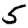
Digit: 5